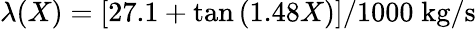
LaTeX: \lambda(X)=[27.1+\tan{(1.48X)}]/1000\; \mathrm{kg/s}